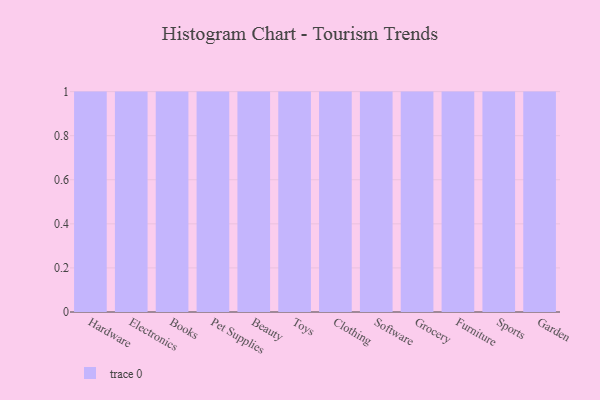
{"axis": {"x": "Category", "y": "Churn Rate (%)"}, "legend": [""], "data": [{"x": "Hardware", "y": 81, "type": ""}, {"x": "Electronics", "y": 81, "type": ""}, {"x": "Books", "y": 24, "type": ""}, {"x": "Pet Supplies", "y": 1, "type": ""}, {"x": "Beauty", "y": 70, "type": ""}, {"x": "Toys", "y": 49, "type": ""}, {"x": "Clothing", "y": 95, "type": ""}, {"x": "Software", "y": 2, "type": ""}, {"x": "Grocery", "y": 40, "type": ""}, {"x": "Furniture", "y": 74, "type": ""}, {"x": "Sports", "y": 80, "type": ""}, {"x": "Garden", "y": 52, "type": ""}]}